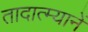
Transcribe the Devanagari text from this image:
तादात्म्यानें